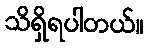
သိရှိရပါတယ်။